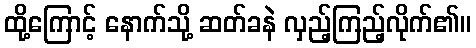
ထို့ကြောင့် နောက်သို့ ဆတ်ခနဲ လှည့်ကြည့်လိုက်၏။